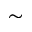
\sim